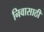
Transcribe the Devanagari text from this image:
निवासाठी